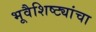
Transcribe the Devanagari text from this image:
भूवैशिष्ट्यांचा